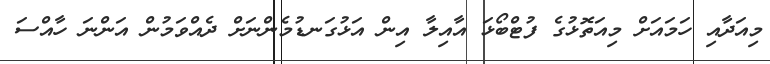
މިއަދާއި ހަމައަށް މިއަތޮޅުގެ ފުޓްބޯޅަ އާއިލާ އިން އަޅުގަނޑުމެންނަށް ދެއްވަމުން އަންނަ ހާއްސަ